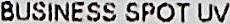
BUSINESS SPOT UV